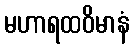
မဟာရထဝိမာနံ